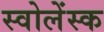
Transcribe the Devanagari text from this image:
स्वोलेंस्क